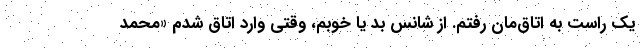
یک راست به اتاق‌مان رفتم. از شانس بد یا خوبم، وقتی وارد اتاق شدم «محمد